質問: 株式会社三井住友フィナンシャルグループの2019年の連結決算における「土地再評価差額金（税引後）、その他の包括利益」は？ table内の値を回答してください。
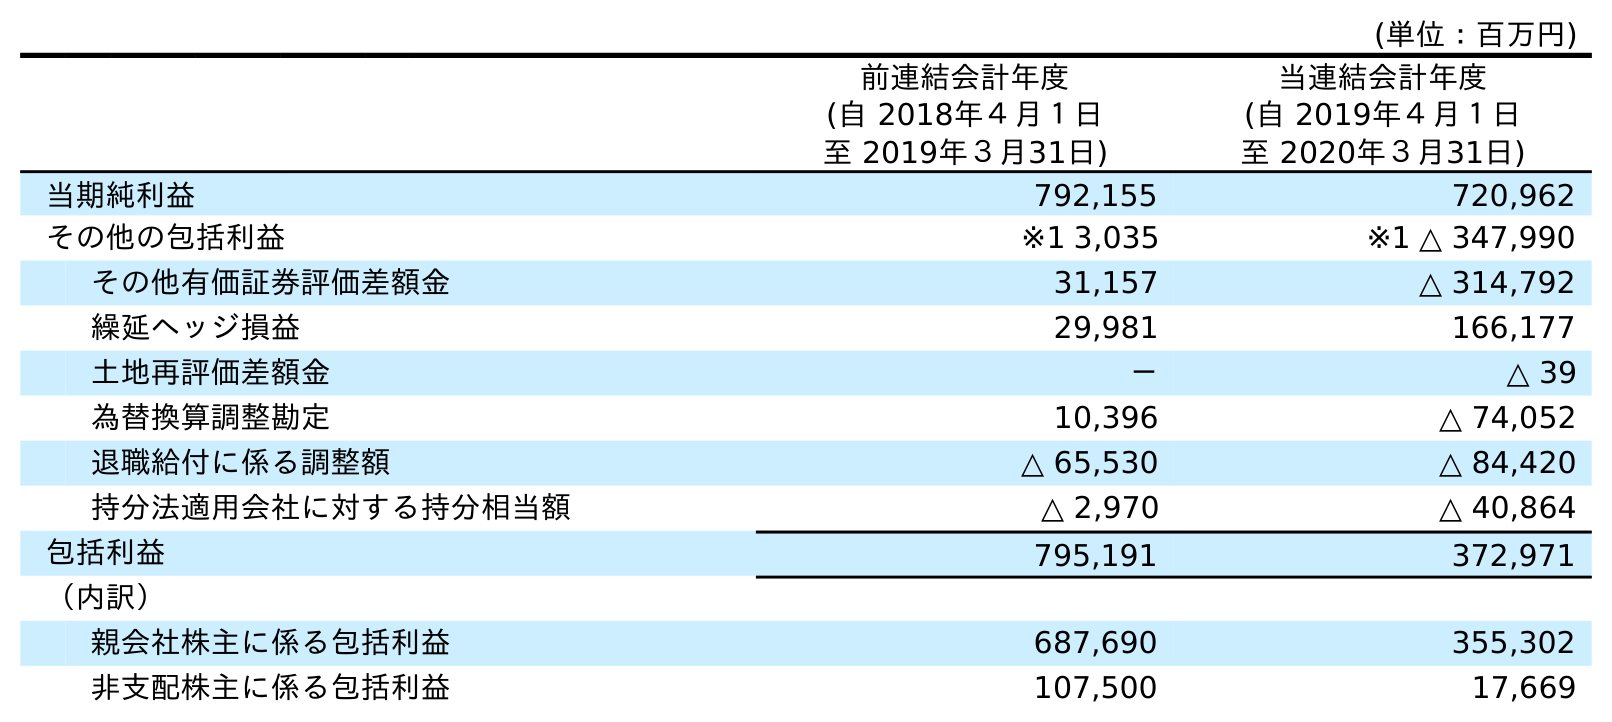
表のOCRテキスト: (単位：百万円) 前連結会計年度 (自 2018年４月１日 至 2019年３月31日) 当連結会計年度 (自 2019年４月１日 至 2020年３月31日) 当期純利益 792,155 720,962 その他の包括利益 ※1 3,035 ※1 △ 347,990 その他有価証券評価差額金 31,157 △ 314,792 繰延ヘッジ損益 29,981 166,177 土地再評価差額金 － △ 39 為替換算調整勘定 10,396 △ 74,052 退職給付に係る調整額 △ 65,530 △ 84,420 持分法適用会社に対する持分相当額 △ 2,970 △ 40,864 包括利益 795,191 372,971 （内訳） 親会社株主に係る包括利益 687,690 355,302 非支配株主に係る包括利益 107,500 17,669
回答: －